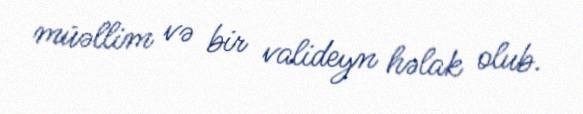
müəllim və bir valideyn həlak olub.